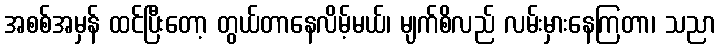
အစစ်အမှန် ထင်ပြီးတော့ တွယ်တာနေလိမ့်မယ်၊ မျက်စိလည် လမ်းမှားနေကြတာ၊ သညာ